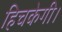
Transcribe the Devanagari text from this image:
हिचकेगी।